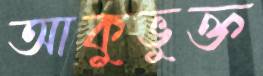
আকুভুক্ত